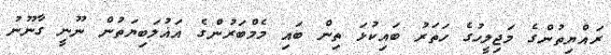
ރައްޔިތުންގެ މަޖިލީހުގެ ހަތަރު ބައިކުޅަ ތިން ބައި މެމްބަރުންގެ އަޣުލަބިޔަތުން ނޫނީ ގާނޫނު